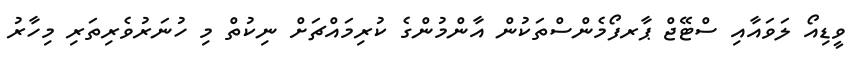
ވީޑިއޯ ލަވައާއި ސްޓޭޖް ޕާރފޯމެންސްތަކުން އާންމުންގެ ކުރިމައްޗަށް ނިކުތް މި ހުނަރުވެރިތަރި މިހާރު